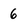
Character: 6